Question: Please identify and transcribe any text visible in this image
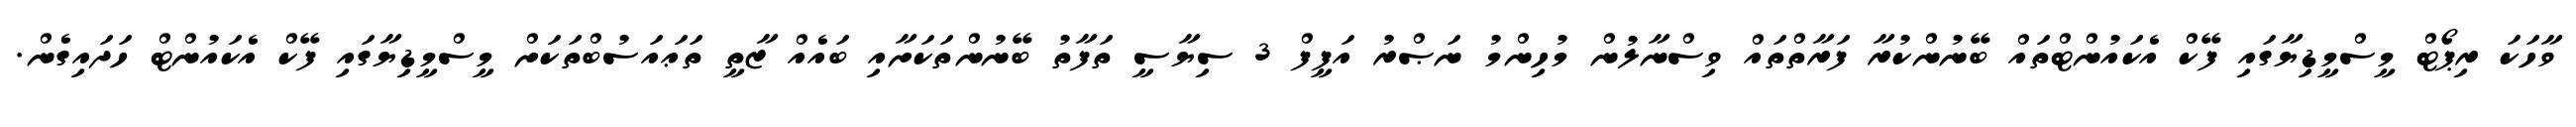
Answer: ވާހަކަ ރިޕޯޓް މީސްމީޑިޔާގައި ފޭކް އެކައުންޓްތައް ބޭނުންކުރާ ފަރާތްތައް ވިސްނާލުން މުހިންމު ނަޞްރު އަފީފް 3 ސިޔާސީ ތަފާތު ބޭނުންތަކަށާއި ބައެއް ޒާތީ ތަޢައަސުބްތަކަށް މީސްމީޑިޔާގައި ފޭކް އެކައުންޓް ހަދައިގެން.